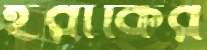
ইরাকির